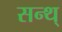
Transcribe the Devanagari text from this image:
सन्थ्